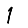
Digit: 1